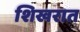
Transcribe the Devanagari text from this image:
शिखरात